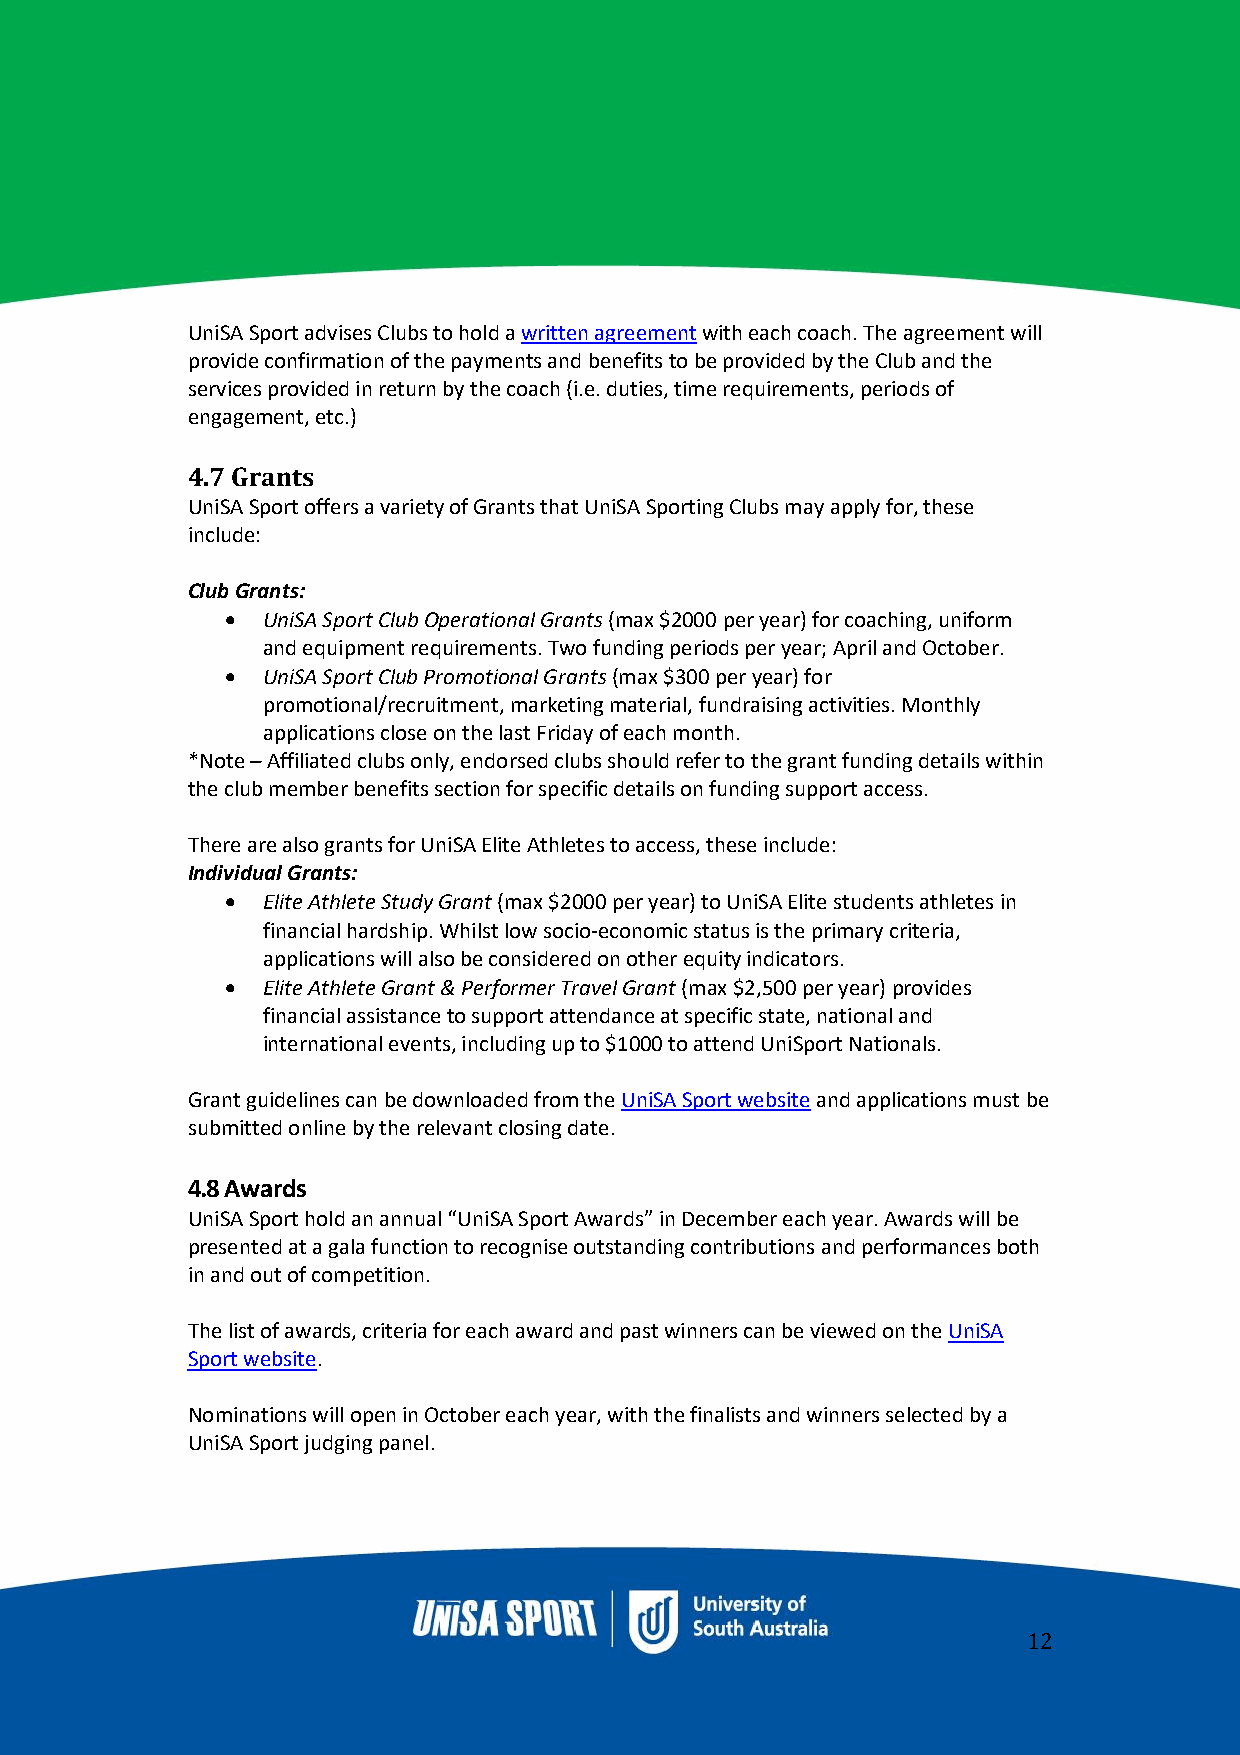
UniSA Sport advises Clubs to hold a written agreement with each coach. The agreement will
 provide confirmation of the payments and benefits to be provided by the Club and the
 services provided in return by the coach (i.e. duties, time requirements, periods of
 engagement, etc.)
 4.7 Grants
 UniSA Sport offers a variety of Grants that UniSA Sporting Clubs may apply for, these
 include:
 Club Grants:
 • UniSA Sport Club Operational Grants (max $2000 per year) for coaching, uniform
 and equipment requirements. Two funding periods per year; April and October.
 • UniSA Sport Club Promotional Grants (max $300 per year) for
 promotional/recruitment, marketing material, fundraising activities. Monthly
 applications close on the last Friday of each month.
 *Note – Affiliated clubs only, endorsed clubs should refer to the grant funding details within
 the club member benefits section for specific details on funding support access.
 There are also grants for UniSA Elite Athletes to access, these include:
 Individual Grants:
 • Elite Athlete Study Grant (max $2000 per year) to UniSA Elite students athletes in
 financial hardship. Whilst low socio-economic status is the primary criteria,
 applications will also be considered on other equity indicators.
 • Elite Athlete Grant & Performer Travel Grant (max $2,500 per year) provides
 financial assistance to support attendance at specific state, national and
 international events, including up to $1000 to attend UniSport Nationals.
 Grant guidelines can be downloaded from the UniSA Sport website and applications must be
 submitted online by the relevant closing date.
 4.8 Awards
 UniSA Sport hold an annual “UniSA Sport Awards” in December each year. Awards will be
 presented at a gala function to recognise outstanding contributions and performances both
 in and out of competition.
 The list of awards, criteria for each award and past winners can be viewed on the UniSA
 Sport website.
 Nominations will open in October each year, with the finalists and winners selected by a
 UniSA Sport judging panel.
 12